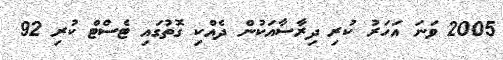
2005 ވަނަ އަހަރު ކުރި ދިރާސާއަކުން ދެއްކި ގޮތުގައި ޓެސްޓް ކުރި 92